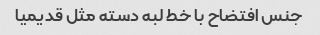
جنس افتضاح با خط لبه دسته مثل قدیمیا